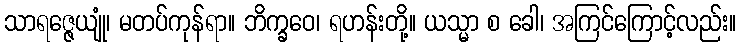
သာရဇ္ဇေယျုံ၊ မတပ်ကုန်ရာ။ ဘိက္ခဝေ၊ ရဟန်းတို့။ ယသ္မာ စ ခေါ၊ အကြင်ကြောင့်လည်း။